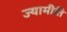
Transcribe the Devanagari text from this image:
ज्यामीति